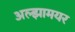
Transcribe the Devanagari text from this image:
अल्झामयर